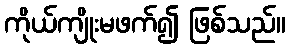
ကိုယ်ကျိုးမဖက်၍ ဖြစ်သည်။